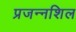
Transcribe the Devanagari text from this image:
प्रजन्नशिल